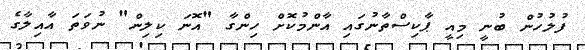
ފުލުހުން ބުނީ މިއީ ޕާކިސްތާނުގައި އާންމުކޮށް ހިންގާ "އޮނަ ކިލިން" ނުވަތަ އާއިލާގެ